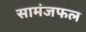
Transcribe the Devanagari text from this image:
सामंजफल